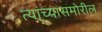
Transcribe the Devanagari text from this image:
त्यांच्यासमोरील